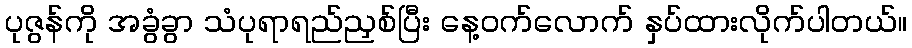
ပုဇွန်ကို အခွံခွာ သံပုရာရည်ညှစ်ပြီး နေ့ဝက်လောက် နှပ်ထားလိုက်ပါတယ်။